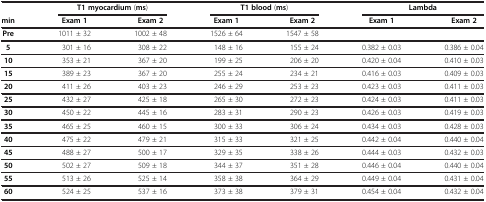
<table><thead><tr><td><b> </b></td><td colspan="2"><b>T1 myocardium (ms)</b></td><td colspan="2"><b>T1 blood (ms)</b></td><td colspan="2"><b>Lambda</b></td></tr><tr><td><b>min</b></td><td><b>Exam 1</b></td><td><b>Exam 2</b></td><td><b>Exam 1</b></td><td><b>Exam 2</b></td><td><b>Exam 1</b></td><td><b>Exam 2</b></td></tr></thead><tbody><tr><td><b>Pre</b></td><td>1011 ± 32</td><td>1002 ± 48</td><td>1526 ± 64</td><td>1547 ± 58</td><td> </td><td> </td></tr><tr><td><b>5</b></td><td>301 ± 16</td><td>308 ± 22</td><td>148 ± 16</td><td>155 ± 24</td><td>0.382 ± 0.03</td><td>0.386 ± 0.04</td></tr><tr><td><b>10</b></td><td>353 ± 21</td><td>367 ± 20</td><td>199 ± 25</td><td>206 ± 20</td><td>0.420 ± 0.04</td><td>0.410 ± 0.03</td></tr><tr><td><b>15</b></td><td>389 ± 23</td><td>367 ± 20</td><td>255 ± 24</td><td>234 ± 21</td><td>0.416 ± 0.03</td><td>0.409 ± 0.03</td></tr><tr><td><b>20</b></td><td>411 ± 26</td><td>403 ± 23</td><td>246 ± 29</td><td>253 ± 23</td><td>0.423 ± 0.03</td><td>0.411 ± 0.03</td></tr><tr><td><b>25</b></td><td>432 ± 27</td><td>425 ± 18</td><td>265 ± 30</td><td>272 ± 23</td><td>0.424 ± 0.03</td><td>0.411 ± 0.03</td></tr><tr><td><b>30</b></td><td>450 ± 22</td><td>445 ± 16</td><td>283 ± 31</td><td>290 ± 23</td><td>0.426 ± 0.03</td><td>0.419 ± 0.03</td></tr><tr><td><b>35</b></td><td>465 ± 25</td><td>460 ± 15</td><td>300 ± 33</td><td>306 ± 24</td><td>0.434 ± 0.03</td><td>0.428 ± 0.03</td></tr><tr><td><b>40</b></td><td>475 ± 22</td><td>479 ± 21</td><td>315 ± 33</td><td>321 ± 25</td><td>0.442 ± 0.04</td><td>0.440 ± 0.04</td></tr><tr><td><b>45</b></td><td>488 ± 27</td><td>500 ± 17</td><td>329 ± 35</td><td>338 ± 26</td><td>0.444 ± 0.03</td><td>0.432 ± 0.03</td></tr><tr><td><b>50</b></td><td>502 ± 27</td><td>509 ± 18</td><td>344 ± 37</td><td>351 ± 28</td><td>0.446 ± 0.04</td><td>0.440 ± 0.04</td></tr><tr><td><b>55</b></td><td>513 ± 26</td><td>525 ± 14</td><td>358 ± 38</td><td>364 ± 29</td><td>0.449 ± 0.04</td><td>0.431 ± 0.04</td></tr><tr><td><b>60</b></td><td>524 ± 25</td><td>537 ± 16</td><td>373 ± 38</td><td>379 ± 31</td><td>0.454 ± 0.04</td><td>0.432 ± 0.04</td></tr></tbody></table>